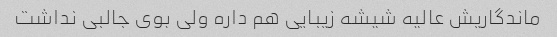
ماندگاریش عالیه شیشه زیبایی هم داره ولی بوی جالبی نداشت